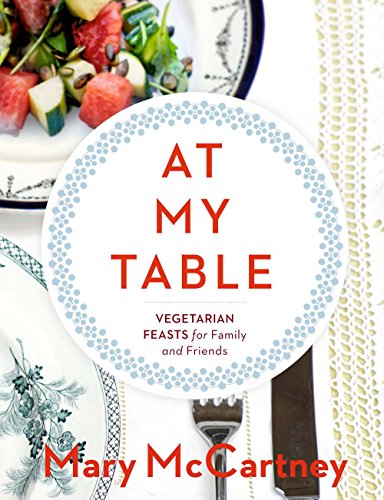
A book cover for At My Table: Vegetarian Feasts for Family and Friends; Mary McCartney; Cookbooks, Food & Wine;